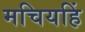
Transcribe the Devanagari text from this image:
मचियहिं